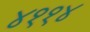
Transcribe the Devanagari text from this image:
४११४